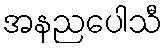
အနညပေါသီ